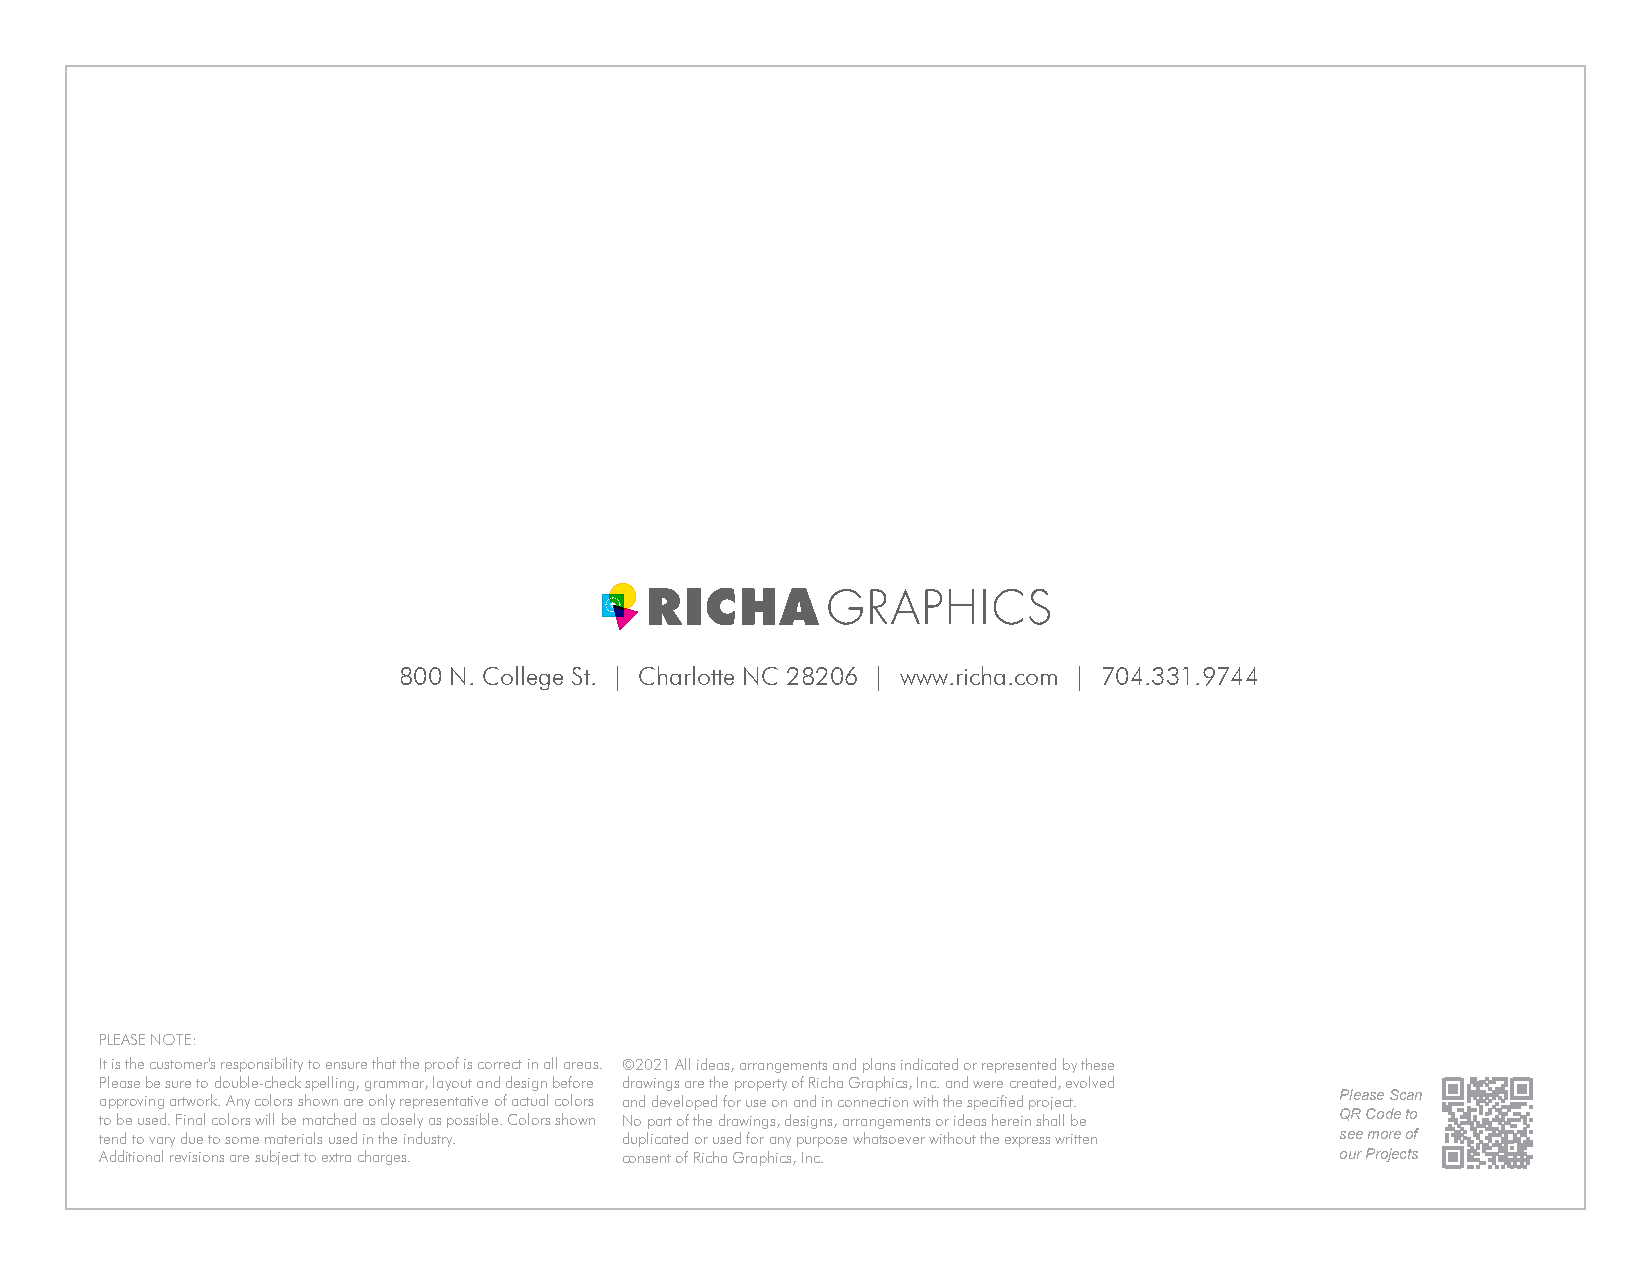
800 N. College St. | Charlotte NC 28206 | www.richa.com | 704.331.9744
 PLEASE NOTE:
 It is the customer's responsibility to ensure that the proof is correct in all areas. ©2021 All ideas, arrangements and plans indicated or represented by these
 Please be sure to double-check spelling, grammar, layout and design before drawings are the property of Richa Graphics, Inc. and were created, evolved
 approving artwork. Any colors shown are only representative of actual colors and developed for use on and in connection with the specified project. Please Scan
 to be used. Final colors will be matched as closely as possible. Colors shown No part of the drawings, designs, arrangements or ideas herein shall be QR Code to
 tend to vary due to some materials used in the industry. duplicated or used for any purpose whatsoever without the express written see more of
 Additional revisions are subject to extra charges. consent of Richa Graphics, Inc. our Projects